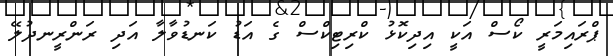
ޕްރައިމަރީ ކޯސް އަކީ އިދިކޮޅު ކްރިޓިކްސް ގެ އަޑު ކަނޑުވާލާ އަދި ރަންރީނދުލޭ